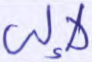
لإلى